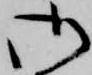
御